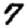
Digit: 7